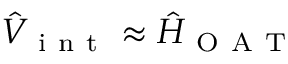
\hat { V } _ { \mathrm { ~ i ~ n ~ t ~ } } \approx \hat { H } _ { \mathrm { ~ O ~ A ~ T ~ } }